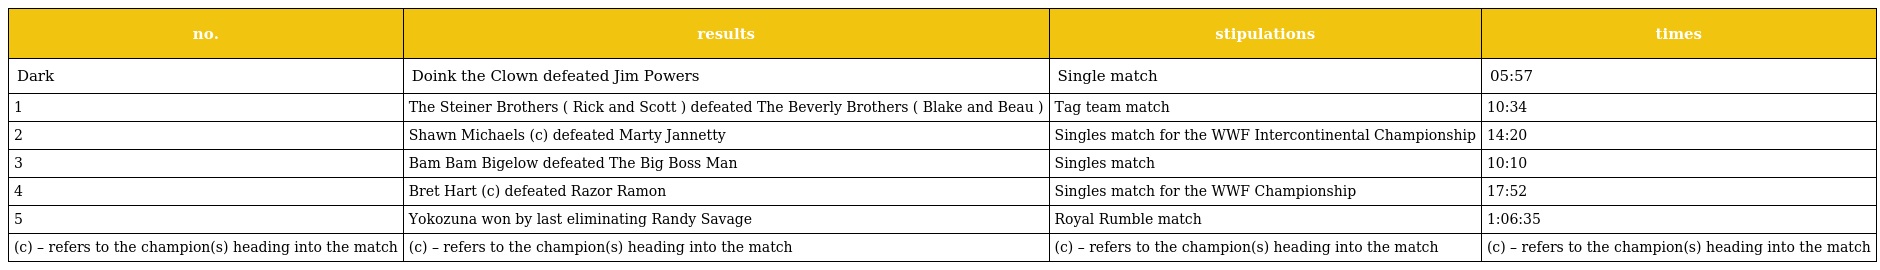
| no. | results | stipulations | times |
 | --- | --- | --- | --- |
 | Dark | Doink the Clown defeated Jim Powers | Single match | 05:57 |
 | 1 | The Steiner Brothers ( Rick and Scott ) defeated The Beverly Brothers ( Blake and Beau ) | Tag team match | 10:34 |
 | 2 | Shawn Michaels (c) defeated Marty Jannetty | Singles match for the WWF Intercontinental Championship | 14:20 |
 | 3 | Bam Bam Bigelow defeated The Big Boss Man | Singles match | 10:10 |
 | 4 | Bret Hart (c) defeated Razor Ramon | Singles match for the WWF Championship | 17:52 |
 | 5 | Yokozuna won by last eliminating Randy Savage | Royal Rumble match | 1:06:35 |
 | (c) – refers to the champion(s) heading into the match | (c) – refers to the champion(s) heading into the match | (c) – refers to the champion(s) heading into the match | (c) – refers to the champion(s) heading into the match |